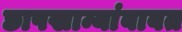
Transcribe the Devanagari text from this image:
छापखान्यांबाबत